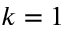
k = 1